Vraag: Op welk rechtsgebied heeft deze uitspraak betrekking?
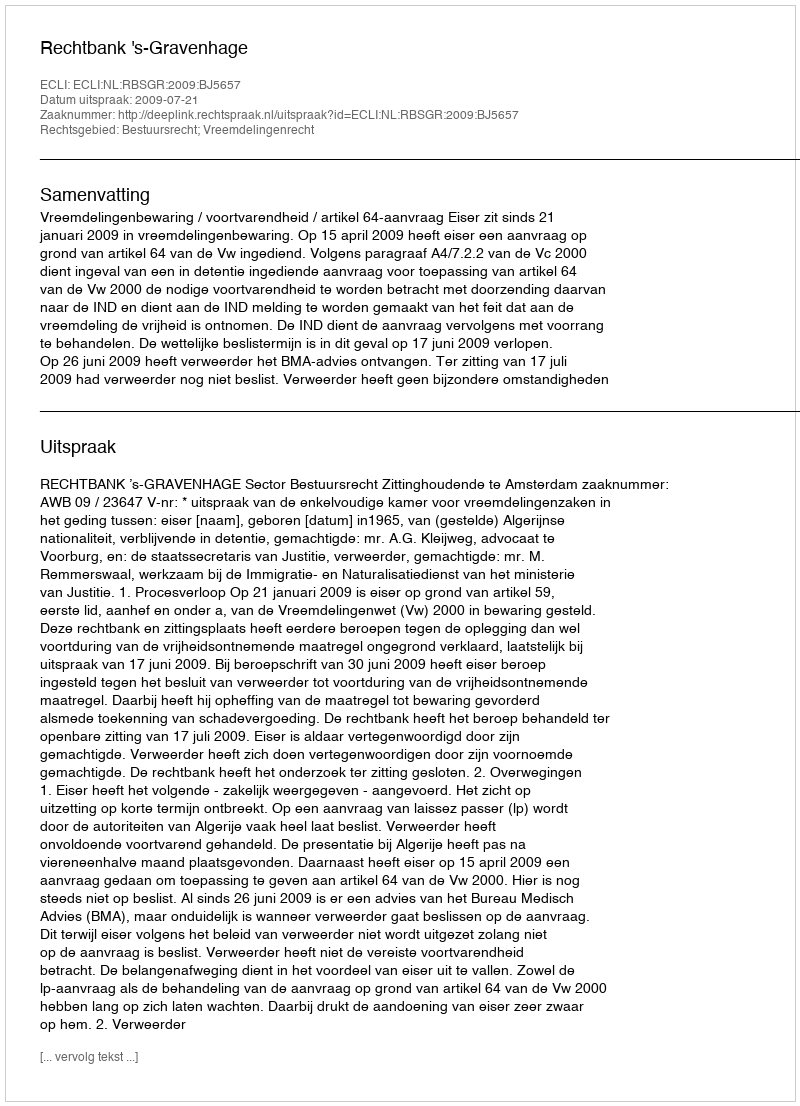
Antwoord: Bestuursrecht; Vreemdelingenrecht